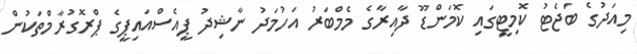
މިއަދުގެ ބަޖެޓު ކޮމިޓީގައި ކޮމަންޑޫ ދާއިރާގެ މެމްބަރު އަހުމަދު ނާޝިދު ޕީއެސްއައިޕީގެ ޕްރޮގުރާމްތަކުން